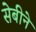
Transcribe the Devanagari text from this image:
सेबीने